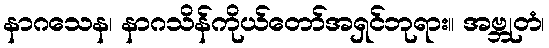
နာဂသေန၊ နာဂသိန်ကိုယ်တော်အရှင်ဘုရား။ အဗ္ဘုတံ၊